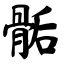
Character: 骺